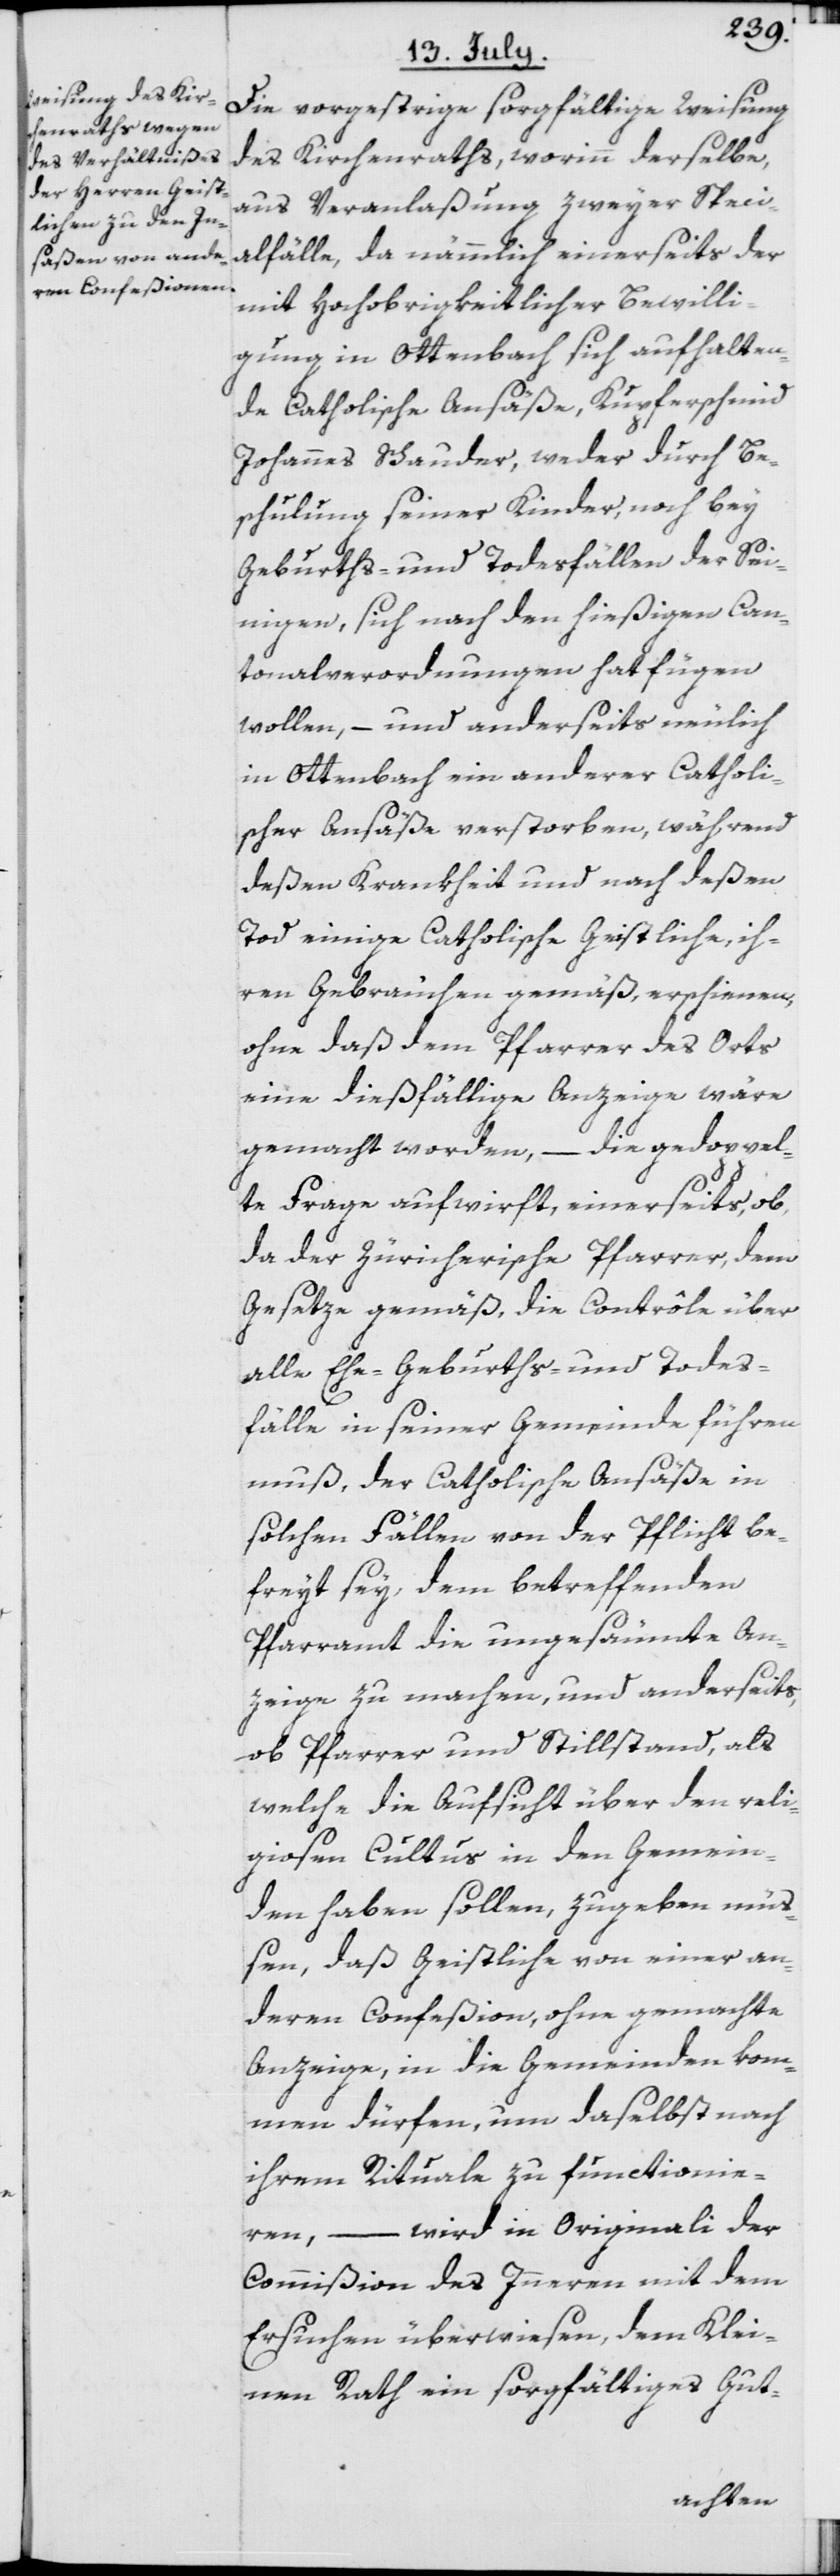
Die vorgestrige sorgfältige Weisung
des Kirchenraths, worinn derselbe,
aus Veranlaßung zweyer Speci¬
alfälle, da nämmlich einerseits der
mit Hochobrigkeitlicher Bewilli¬
gung in Ottenbach sich aufhalten¬
de Catholische Ansäße, Kupferschmid
Johannes Schauder, weder durch Be¬
schulung seiner Kinder, noch bey
Geburths- und Todesfällen der Sei¬
nigen, sich nach den hießigen Can¬
tonalverordnungen hat fügen
wollen, – und anderseits neulich
in Ottenbach ein anderer Catholi¬
scher Ansäße verstorben, während
deßen Krankheit und nach deßen
Tod einige Catholische Geistliche, ih¬
ren Gebräuchen gemäß, erschienen,
ohne daß dem Pfarrer des Orts
eine dießfällige Anzeige wäre
gemacht worden, – die gedoppel¬
te Frage aufwirft, einerseits, ob,
da der Zürcherische Pfarrer, dem
Gesetze gemäß, die Contrôle über
alle Ehe-[,] Geburths- und Todes¬
fälle in seiner Gemeinde führen
muß, der Catholische Ansäße in
solchen Fällen von der Pflicht be¬
freyt sey, dem betreffenden
Pfarramt die ungesäumte An¬
zeige zu machen, und anderseits,
ob Pfarrer und Stillstand, als
welche die Aufsicht über den reli¬
giosen Cultus in den Gemein¬
den haben sollen, zugeben mü¬
ßen, daß Geistliche von einer an¬
deren Confeßion, ohne gemachte
Anzeige, in die Gemeinden kom¬
men dürfen, um daselbst nach
ihrem Rituale zu functionie¬
ren, – wird in Originali der
Commißion des Inneren mit dem
Ersuchen überwiesen, dem Klei¬
nen Rath ein sorgfältiges Gut-